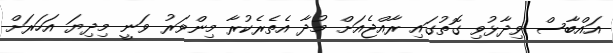
އައްބާސް ވިދާޅުވި ގޮތުގައި ރާއްޖެއަށް މުދާ އެތެރެކުރާ މިންވަރު ވަނީ މިދިޔަ އަހަރަށް